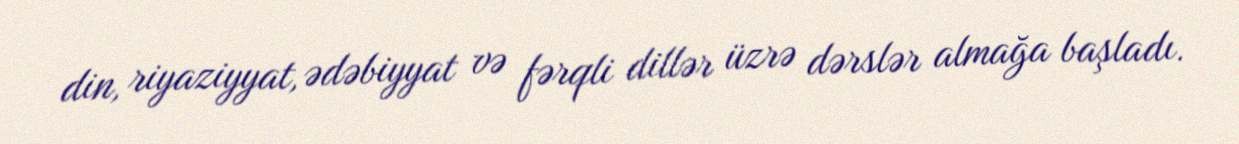
din, riyaziyyat, ədəbiyyat və fərqli dillər üzrə dərslər almağa başladı.